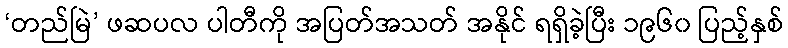
‘တည်မြဲ’ ဖဆပလ ပါတီကို အပြတ်အသတ် အနိုင် ရရှိခဲ့ပြီး ၁၉၆၀ ပြည့်နှစ်